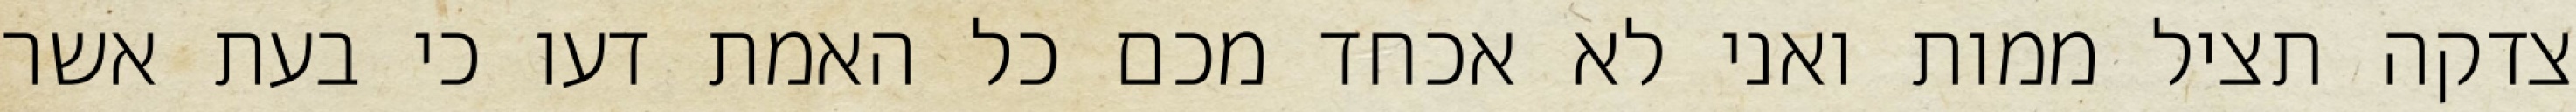
צדקה תציל ממות ואני לא אכחד מכם כל האמת דעו כי בעת אשר